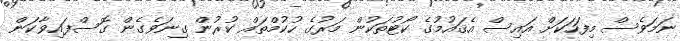
ނަމަވެސް މިފަހަކަށް އައިސް އެޤައުމުގެ ކޯޓުތަކުން މަރުގެ ހުކުމްތައް ކުރުން ގިނަވެގެން ގޮސްފައިވާކަން